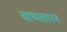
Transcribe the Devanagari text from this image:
वाष्पतापन